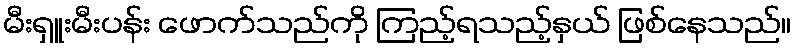
မီးရှူးမီးပန်း ဖောက်သည်ကို ကြည့်ရသည့်နှယ် ဖြစ်နေသည်။